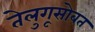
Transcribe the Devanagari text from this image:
तेलुगूसोबत